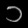
Digit: ၁